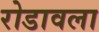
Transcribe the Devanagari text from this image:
रोडावला